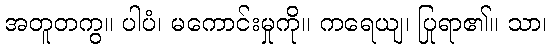
အတူတကွ။ ပါပံ၊ မကောင်းမှုကို။ ကရေယျ၊ ပြုရာ၏။ သာ၊